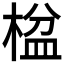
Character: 𬃠